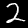
Label: 2